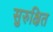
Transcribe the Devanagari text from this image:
सुरुक्षित